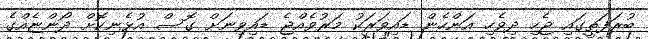
ބުރަފަތީގައި ޖެހި ދިވެހި އަންހެން ޑައިވަރަކު މަރުވެއްޖެ ޑައިވިނަށް ގޮސް އުޅެނިކޮށް ދޯންޏެއްގެ